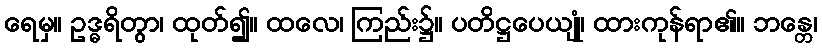
ရေမှ။ ဥဒ္ဓရိတွာ၊ ထုတ်၍။ ထလေ၊ ကြည်း၌။ ပတိဋ္ဌပေယျုံ၊ ထားကုန်ရာ၏။ ဘန္တေ၊